Punjab Mental Hospital Lahore 1932-46 - 1932-1946
Year: 1932
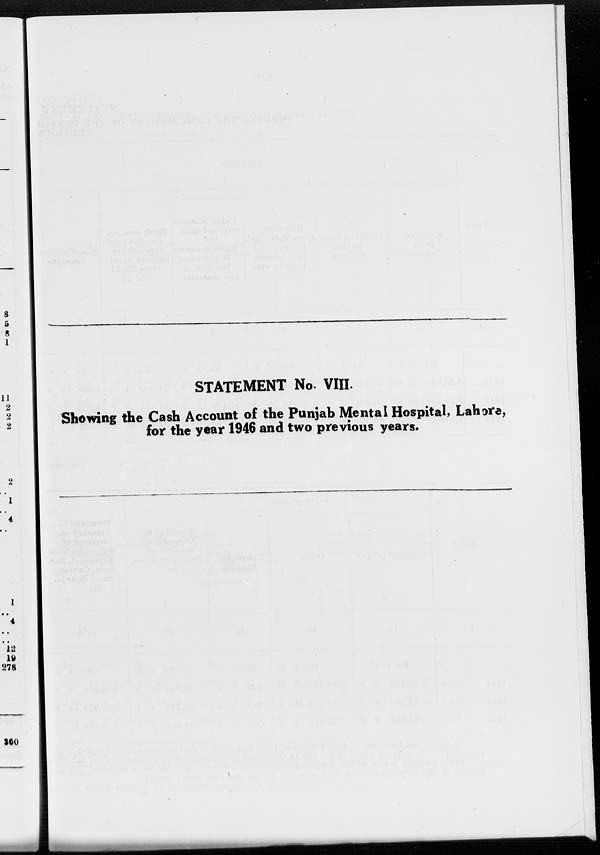
STATEMENT No. VIII.
Showing the Cash Account of the Punjab Mental Hospital, Lahore,
for the year 1946 and two previous years.